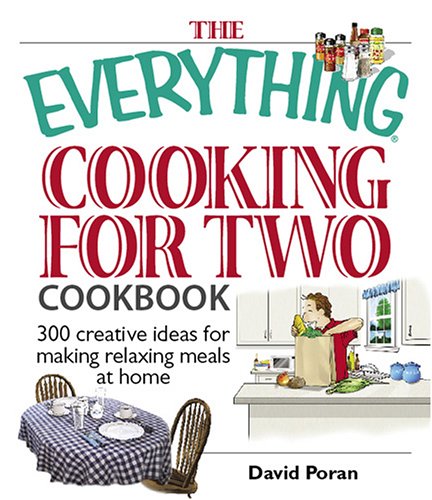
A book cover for The Everything Cooking for Two Cookbook: 300 Creative Ideas for Making Relaxing Meals at Home; David Poran; Cookbooks, Food & Wine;